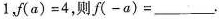
1，$$f(a)=4$$，则$$f(-a)=___$$.